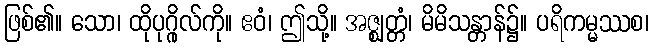
ဖြစ်၏။ သော၊ ထိုပုဂ္ဂိုလ်ကို။ ဧဝံ၊ ဤသို့။ အဇ္ဈတ္တံ၊ မိမိသန္တာန်၌။ ပရိကမ္မဿစ၊